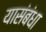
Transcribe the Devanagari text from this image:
यासंबंधा